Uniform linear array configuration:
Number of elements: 32
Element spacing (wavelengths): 0.75
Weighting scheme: cosine
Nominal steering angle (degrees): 60
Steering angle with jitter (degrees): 59.148
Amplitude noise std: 0.05
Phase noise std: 0.05

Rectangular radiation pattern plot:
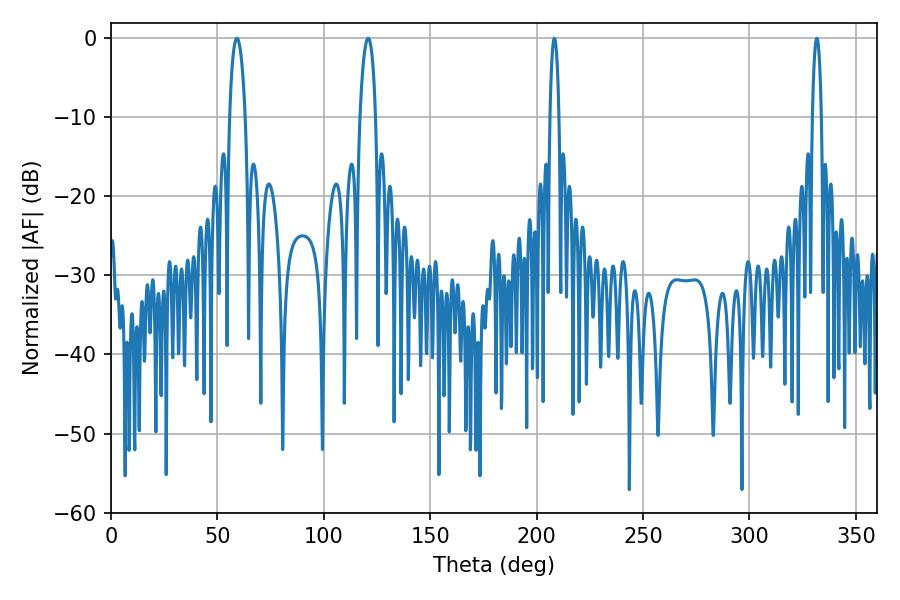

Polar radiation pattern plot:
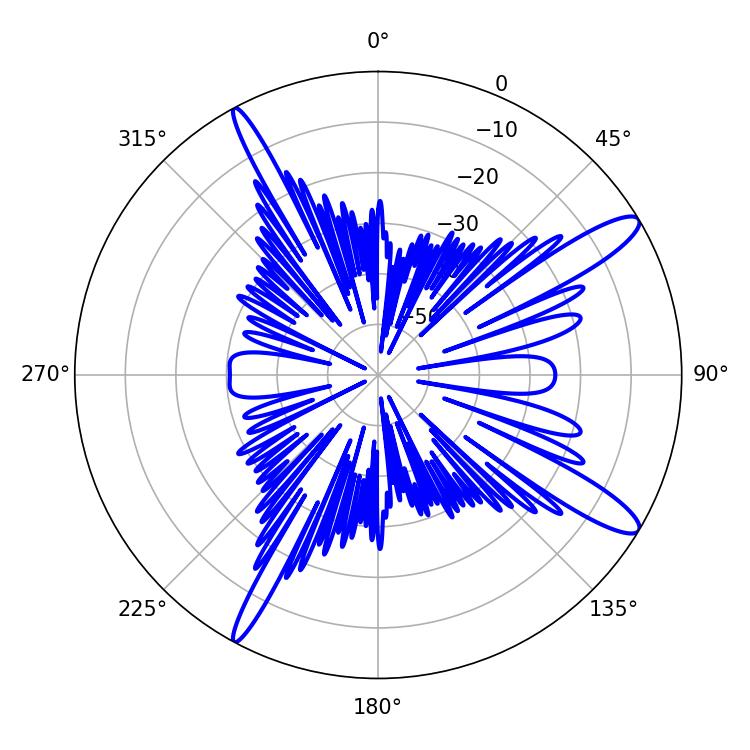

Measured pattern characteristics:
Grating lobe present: TRUE
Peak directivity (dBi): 13.21
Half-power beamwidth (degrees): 4.14
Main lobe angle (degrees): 120.78